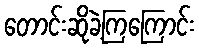
တောင်းဆိုခဲ့ကြကြောင်း